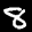
Label: 8